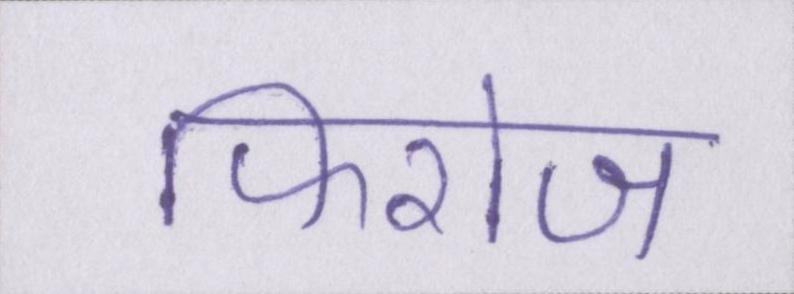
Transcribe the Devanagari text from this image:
फिरोज